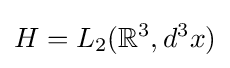
H=L_{2}(\mathbb {R} ^{3},d^{3}x)